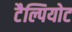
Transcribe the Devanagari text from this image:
टैल्पियोट